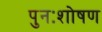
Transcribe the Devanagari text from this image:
पुनःशोषण